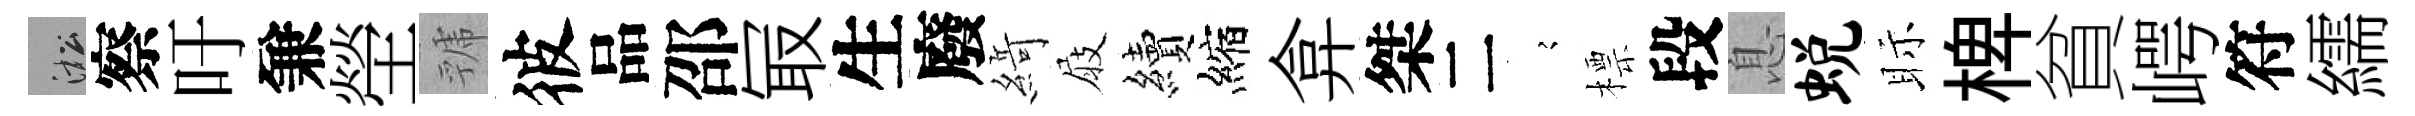
淞察吁兼塋虢彼品邵冣生廢𦂶屐續縮弇桀二𡪹標段息蜕眎椑貧崿符繻